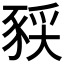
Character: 𫎈